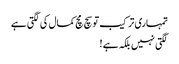
تمہاری ترکیب تو سچ مچ کمال کی لگتی ہے
لگتی نہیں بلکہ ہے !